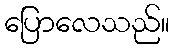
ပြောလေသည်။